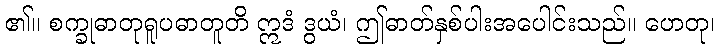
၏။ စက္ခုဓာတုရူပဓာတူတိ ဣဒံ ဒွယံ၊ ဤဓာတ်နှစ်ပါးအပေါင်းသည်။ ဟေတု၊